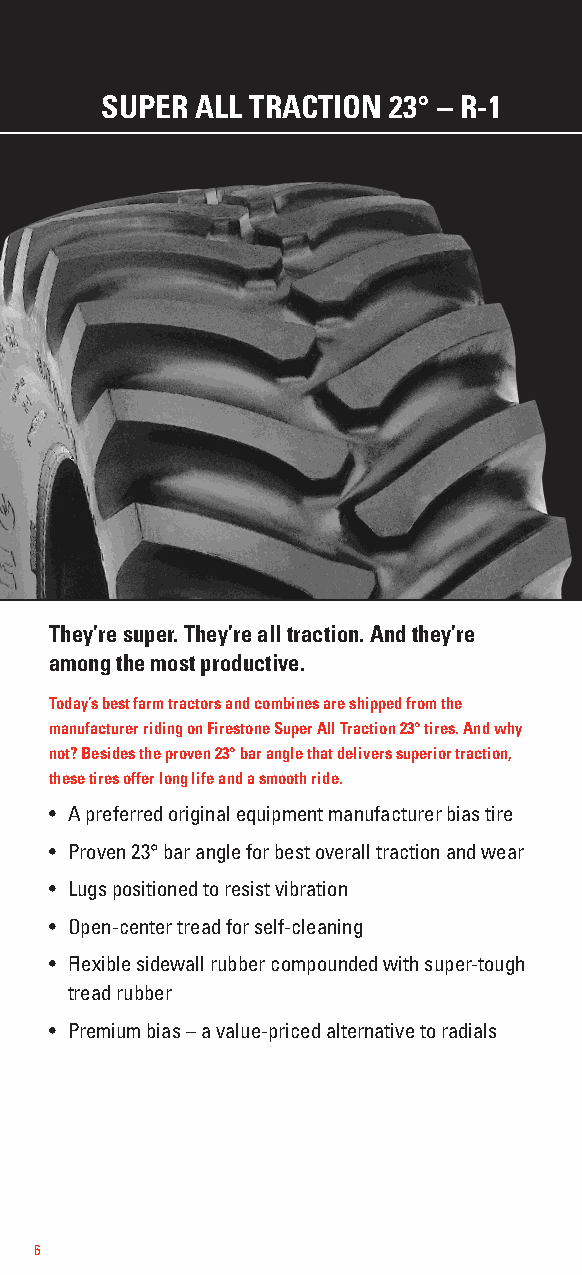
SUPER ALL TRACTION 23° – R-1
 They’re super. They’re all traction. And they’re
 among the most productive.
 Today’s best farm tractors and combines are shipped from the
 manufacturer riding on Firestone Super All Traction 23° tires. And why
 not? Besides the proven 23° bar angle that delivers superior traction,
 these tires offer long life and a smooth ride.
 • A preferred original equipment manufacturer bias tire
 • Proven 23° bar angle for best overall traction and wear
 • Lugs positioned to resist vibration
 • Open-center tread for self-cleaning
 • Flexible sidewall rubber compounded with super-tough
 tread rubber
 • Premium bias – a value-priced alternative to radials
 6